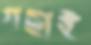
গছাই